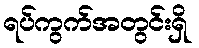
ရပ်ကွက်အတွင်းရှိ